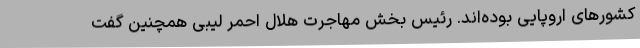
کشورهای اروپایی بوده‌اند. رئیس بخش مهاجرت هلال احمر لیبی همچنین گفت